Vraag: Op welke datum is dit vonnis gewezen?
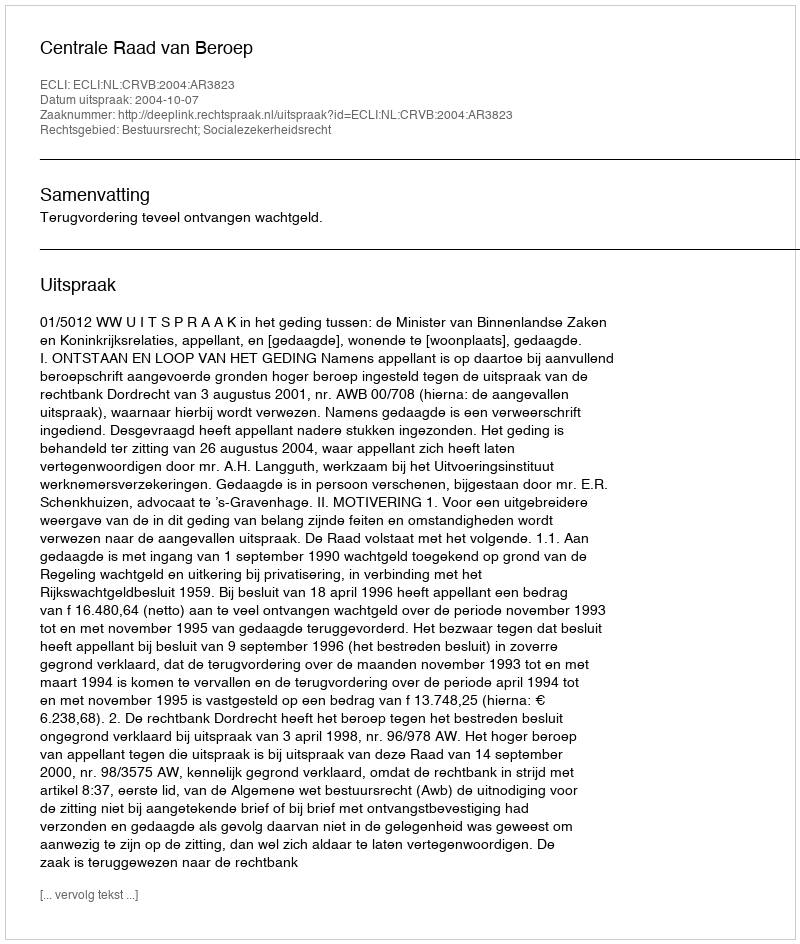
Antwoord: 2004-10-07